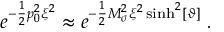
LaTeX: e ^ { - \frac { 1 } { 2 } p _ { 0 } ^ { 2 } \xi ^ { 2 } } \approx e ^ { - \frac { 1 } { 2 } M _ { \sigma } ^ { 2 } \xi ^ { 2 } \sinh ^ { 2 } [ \vartheta ] } \; .